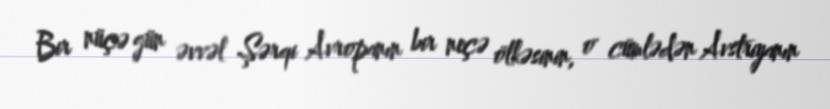
Bir nüçə gün əvvəl Şərqi Avropanın bir neçə ölkəsinin, o cümlədən Avstriyanın